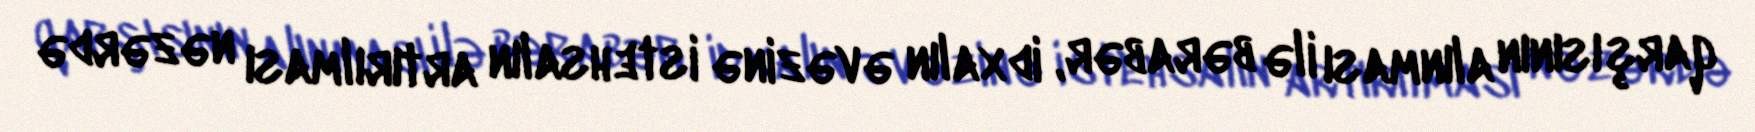
qarşısının alınması ilə bərabər, idxalın əvəzinə istehsalın artırılması nəzərdə